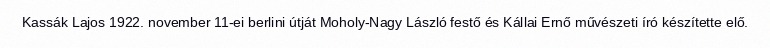
Kassák Lajos 1922. november 11-ei berlini útját Moholy-Nagy László festő és Kállai Ernő művészeti író készítette elő.